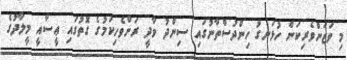
މި ވަޒަންވެރިކަން ހުޅަނގު ހިންދުސްތާނުގައި ސިންދު ވާދީ ރަށްވެހިކަމުގެ ގޮތުގައި ޢީސާއީ މީލާދުގެ